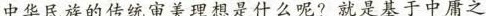
中华民族的传统审美理想是什么呢?就是基于中庸之